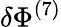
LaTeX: \delta\Phi^{(7)}